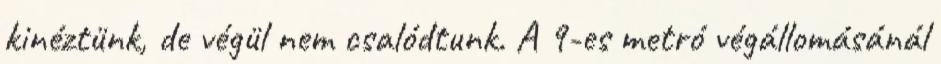
kinéztünk, de végül nem csalódtunk. A 9-es metró végállomásánál